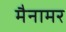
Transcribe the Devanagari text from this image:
मैनामर